Civil Veterinary Dept. Bombay admin report 1914-1922 - 1914-1922
Year: 1914
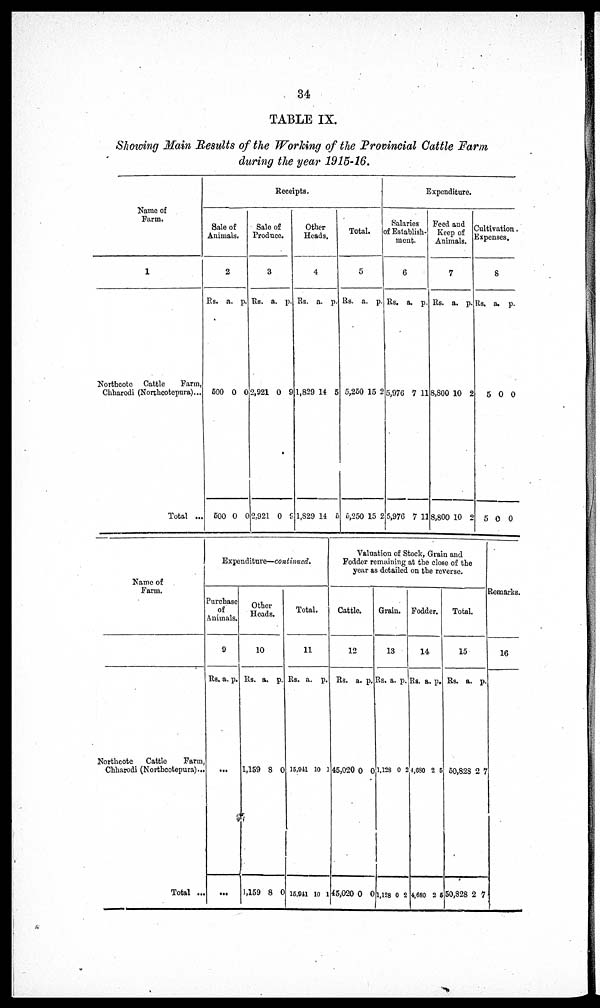
34
TABLE IX.
Showing Main Results of the Working of the Provincial Cattle Farm
during the year 1915-16.
Name of
Farm.
1
Northcote Cattle
Farm,
Chharodi (Northcotepura) ...
Total ...
Receipts.
Sale of
Animals.
2
Rs.
500
500
a.
0
0
p.
0
0
Sale of
Produce.
3
Rs.
2,921
2,921
a.
0
0
p.
9
9
Other
Heads.
4
Rs.
1,829
1,829
a.
14
14
p.
5
5
Total.
5
Rs.
5,250
5,250
a.
15
15
p.
2
2
Expenditure.
Salaries
of Establish-
ment.
6
Rs.
5,976
5,976
a.
7
7
p.
11
11
Feed and
Keep of
Animals.
7
Rs.
8,800
8,800
a.
10
10
p.
2
2
Cultivation.
Expenses.
8
Rs.
5
5
a.
0
0
p.
0
0
Name of
Farm.
Northcote
Cattle
Farm,
Chharodi (Northcotepura) ...
Total ...
Expenditure—continued.
Purchase
of
Animals.
9
Rs. a. p.
...
...
Other
Heads.
10
Rs.
1,159
1,159
a.
8
8
p.
0
0
Total.
11
Rs.
15,941
15,941
a.
10
10
p.
1
l
Valuation of Stock , Grain and
Fodder remaining at the close of the
year as detailed on the reverse.
Cattle.
12
Rs.
45,020
45,020
a.
0
0
p.
0
0
Grain.
13
Rs.
1,128
1,128
a.
0
0
p.
2
2
Fodder.
14
Rs.
4,680
4,680
a.
2
2
p.
5
5
Total.
15
Rs.
50,828
50,828
a.
2
2
p.
7
7
Remarks.
16